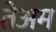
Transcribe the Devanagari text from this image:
तेअम